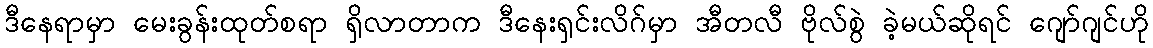
ဒီနေရာမှာ မေးခွန်းထုတ်စရာ ရှိလာတာက ဒီနေးရှင်းလိဂ်မှာ အီတလီ ဗိုလ်စွဲ ခဲ့မယ်ဆိုရင် ဂျော်ဂျင်ဟို